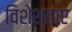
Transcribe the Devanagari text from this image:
विशेश्ताए